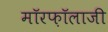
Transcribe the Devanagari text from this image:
मॉरफ़ॉलाजी